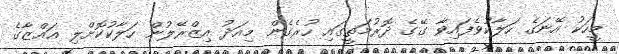
މީހަކު އޭނަގެ ހަލާކުވެފައިވާ ގޭގެ ދޮރުމަތީގައި ހުރެގެން މިއަދު އިޒްރޭލުން ހަލާކުކޮށްލި ޣައްޒާގެ